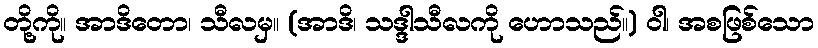
တို့ကို။ အာဒိတော၊ သီလမှ။ (အာဒိ၊ သဒ္ဒါသီလကို ဟောသည်။) ဝါ၊ အစဖြစ်သော